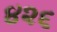
૪૨૬